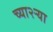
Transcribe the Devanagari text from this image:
च्या२ऱ्या